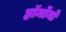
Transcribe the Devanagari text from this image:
हॉर्मोनो